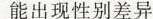
能出现性别差异